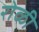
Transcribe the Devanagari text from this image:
रोळी